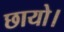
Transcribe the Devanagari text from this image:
छायो।